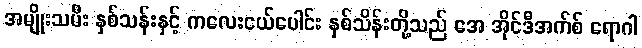
အမျိုးသမီး နှစ်သန်းနှင့် ကလေးငယ်ပေါင်း နှစ်သိန်းတို့သည် အေ အိုင်ဒီအက်စ် ရောဂါ